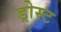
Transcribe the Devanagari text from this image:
ड्रोस्ट